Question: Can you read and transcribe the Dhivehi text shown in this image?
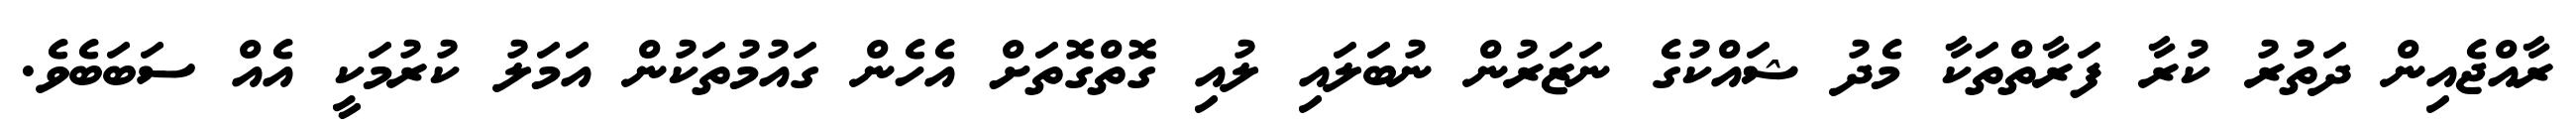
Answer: ރާއްޖެއިން ދަތުރު ކުރާ ފަރާތްތަކާ މެދު ޝައްކުގެ ނަޒަރުން ނުބަލައި ލުއި ގޮތްގޮތަށް އެހެން ގައުމުތަކުން އަމަލު ކުރުމަކީ އެއް ސަބަބެވެ.